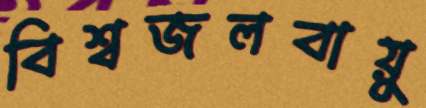
বিশ্বজলবায়ু